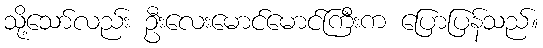
သို့သော်လည်း ဦးလေးမောင်မောင်ကြီးက ပြောပြန်သည်။